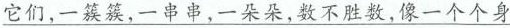
\underline{它们,一簇簇,一串串,一朵朵,数不胜数,像一个个身}